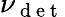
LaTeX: \nu_{\mathrm{~d~e~t~}}